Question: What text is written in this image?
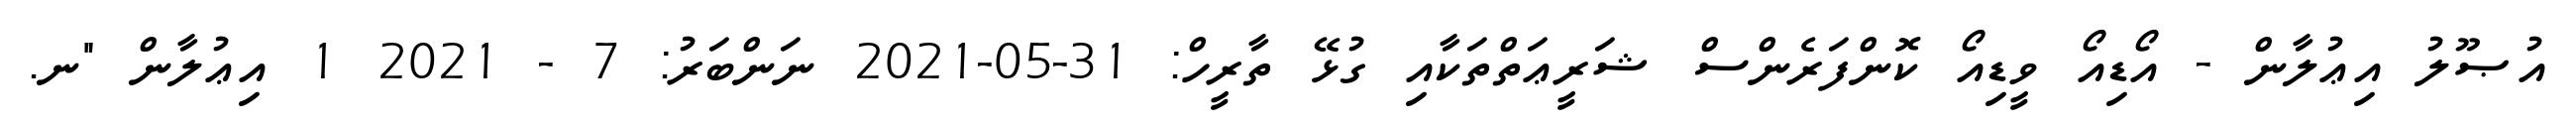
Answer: އުޞޫލު އިޢުލާން - އޯޑިއޯ ވީޑިއޯ ކޮންފަރެންސް ޝަރީޢަތްތަކާއި ގުޅޭ ތާރީހް: 31-05-2021 ނަންބަރު: 7 - 2021 1 އިޢުލާން "ނ.